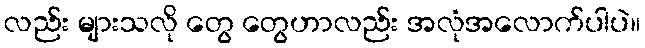
လည်း များသလို တွေ တွေဟာလည်း အလုံအလောက်ပါပဲ။